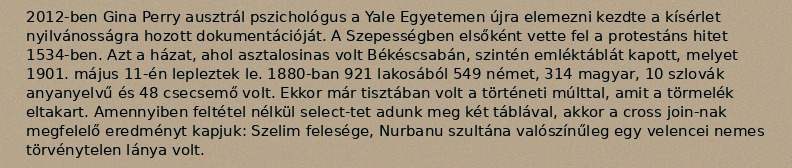
2012-ben Gina Perry ausztrál pszichológus a Yale Egyetemen újra elemezni kezdte a kísérlet nyilvánosságra hozott dokumentációját. A Szepességben elsőként vette fel a protestáns hitet 1534-ben. Azt a házat, ahol asztalosinas volt Békéscsabán, szintén emléktáblát kapott, melyet 1901. május 11-én lepleztek le. 1880-ban 921 lakosából 549 német, 314 magyar, 10 szlovák anyanyelvű és 48 csecsemő volt. Ekkor már tisztában volt a történeti múlttal, amit a törmelék eltakart. Amennyiben feltétel nélkül select-tet adunk meg két táblával, akkor a cross join-nak megfelelő eredményt kapjuk: Szelim felesége, Nurbanu szultána valószínűleg egy velencei nemes törvénytelen lánya volt.